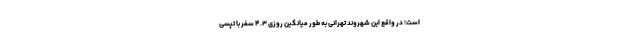
است؛ در واقع این شهروند تهرانی به طور میانگین روزی ۴.۳ سفر با تپسی